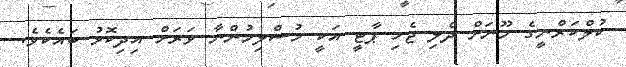
ކުލްކަރްނީގެ މޫނަށް ދެލި ޖެހި ޕާޓީ އަކީ މުސްލިމުންނާ ވަރަށް އިދިކޮޅު ބައެކެވެ.